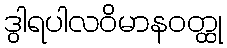
ဒွါရပါလဝိမာနဝတ္ထု